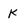
Character: K